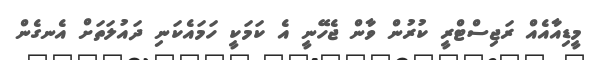
މީޑިއާއެއް ރަޖިސްޓްރީ ކުރުން ވާން ޖެހޭނީ އެ ކަމަކީ ހަމައެކަނި ދައުލަތަށް އެނގެން